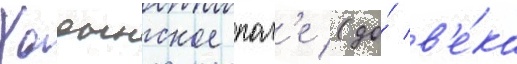
Ходынское пол'е (до́ в'е́ка